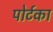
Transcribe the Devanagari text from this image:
पोर्टका